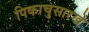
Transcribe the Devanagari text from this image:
पिकाचुसारखे